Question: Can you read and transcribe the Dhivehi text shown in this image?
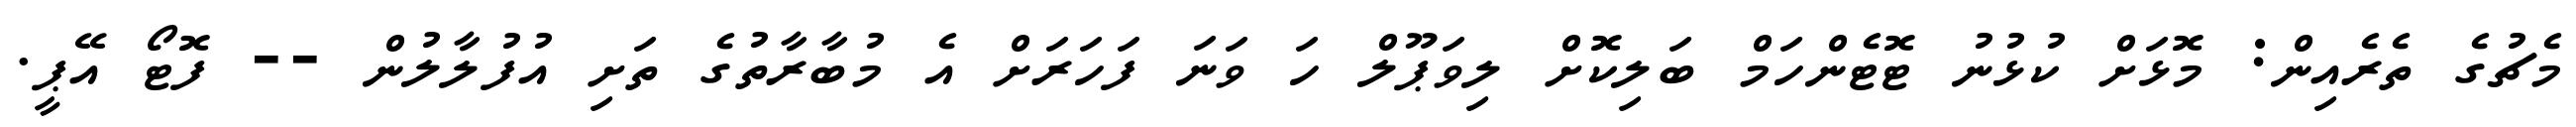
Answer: މެޗުގެ ތެރެއިން: މޮޅަށް ކުޅުނު ޓޮޓެންހަމް ބަލިކޮށް ލިވަޕޫލް ހަ ވަނަ ފަހަރަށް އެ މުބާރާތުގެ ތަށި އުފުލާލުން -- ފޮޓޯ އޭޕީ.